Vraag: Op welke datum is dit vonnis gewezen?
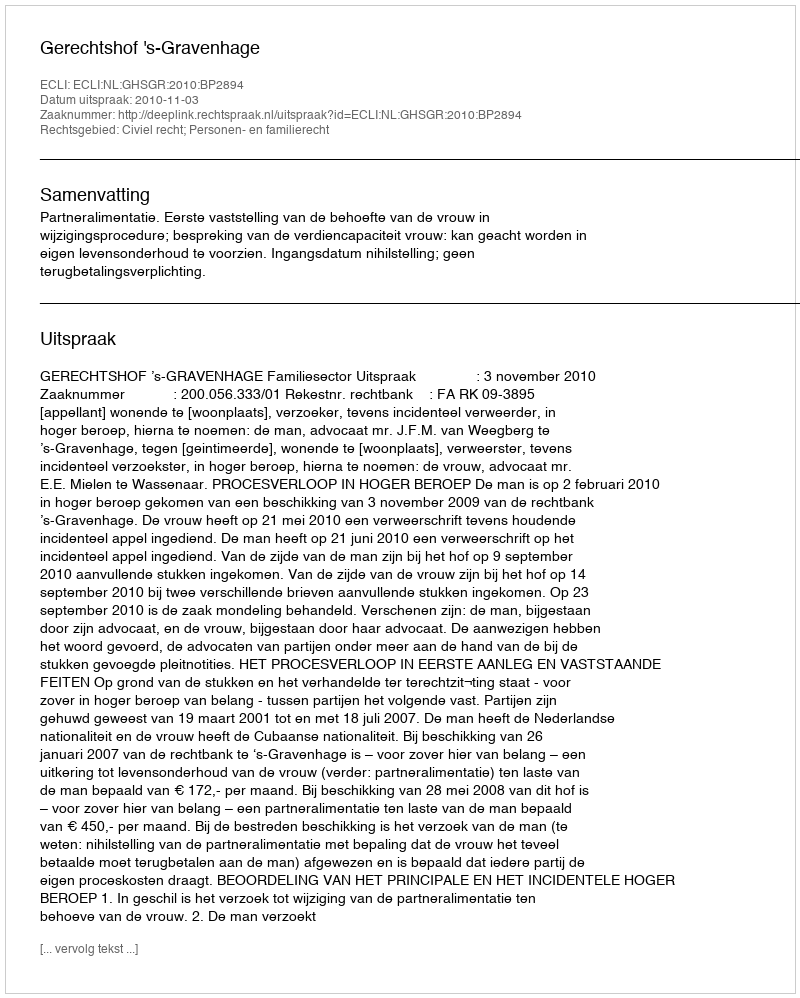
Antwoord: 2010-11-03